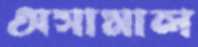
অসামাল